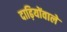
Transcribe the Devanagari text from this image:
दाढ़ियोंवाले